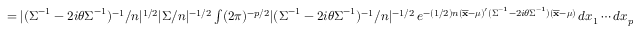
{ \begin{array} { r l } & { = | ( { \boldsymbol { \Sigma } } ^ { - 1 } - 2 i \theta { \boldsymbol { \Sigma } } ^ { - 1 } ) ^ { - 1 } / n | ^ { 1 / 2 } | { \boldsymbol { \Sigma } } / n | ^ { - 1 / 2 } \int ( 2 \pi ) ^ { - p / 2 } | ( { \boldsymbol { \Sigma } } ^ { - 1 } - 2 i \theta { \boldsymbol { \Sigma } } ^ { - 1 } ) ^ { - 1 } / n | ^ { - 1 / 2 } \, e ^ { - ( 1 / 2 ) n ( { \overline { { \mathbf { x } } } } - { \boldsymbol { \mu } } ) ^ { \prime } ( { \boldsymbol { \Sigma } } ^ { - 1 } - 2 i \theta { \boldsymbol { \Sigma } } ^ { - 1 } ) ( { \overline { { \mathbf { x } } } } - { \boldsymbol { \mu } } ) } \, d x _ { 1 } \cdots d x _ { p } } \end{array} }